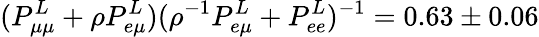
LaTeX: (P_{\mu\mu}^{L}+\rho{P_{e\mu}^{L}})(\rho^{-1}P_{e\mu}^{L}+P_{ee}^{L})^{-1}=0.63\pm 0.06